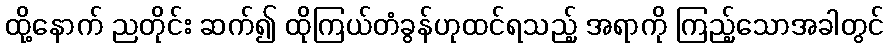
ထို့နောက် ညတိုင်း ဆက်၍ ထိုကြယ်တံခွန်ဟုထင်ရသည့် အရာကို ကြည့်သောအခါတွင်